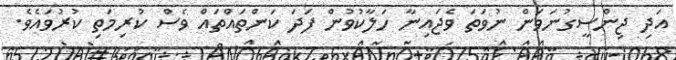
އަދި ޖިންސީގުނަވަން ނުވަތަ ވެޖައިނާ ހަލާކުވުން ފަދަ ކަންތައްތައް ވެސް ކުރިމަތި ކުރުވައެވެ.